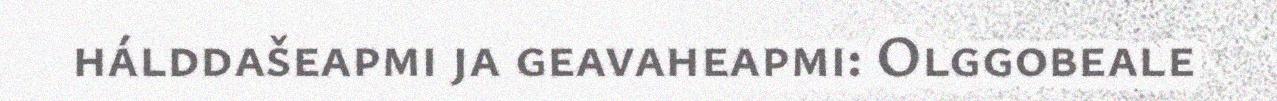
hálddašeapmi ja geavaheapmi: Olggobeale